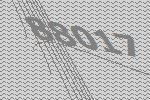
88017